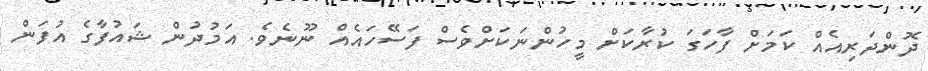
ދޮންދަރިއެއް ކަމަށް ފާހަގަ ކުރާކަށް މީހުންނަކަށްވެސް ފަސޭހައެއް ނޫނެވެ. އަމުދުން ޝައުފާގެ އުފަން